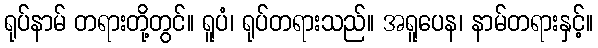
ရုပ်နာမ် တရားတို့တွင်။ ရူပံ၊ ရုပ်တရားသည်။ အရူပေန၊ နာမ်တရားနှင့်။